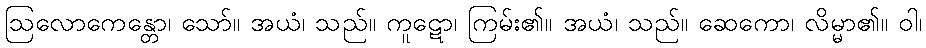
ဩလောကေန္တော၊ သော်။ အယံ၊ သည်။ ကူဋော၊ ကြမ်း၏။ အယံ၊ သည်။ ဆေကော၊ လိမ္မာ၏။ ဝါ၊